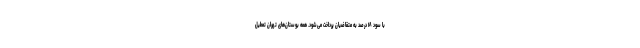
با سود ۱۸ درصد به متقاضیان پرداخت می‌شود. همه بوستان‌های تهران تعطیل